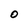
Character: O